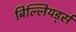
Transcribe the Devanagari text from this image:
बिल्लियर्ड्स